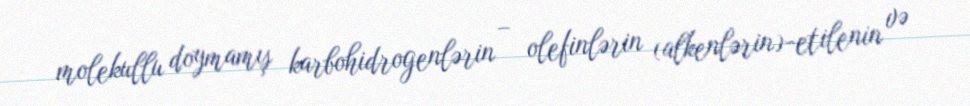
molekullu doymamış karbohidrogenlərin – olefinlərin (alkenlərin)-etilenin və